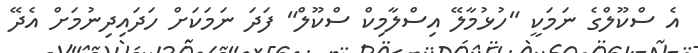
އެ ސްކޫލްގެ ނަމަކީ "ހުޅުމާލޭ އިސްލާމިކް ސްކޫލް" ފަދަ ނަމަކަށް ހަދައިދިނުމަށް އެދޭ